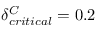
\delta _ { c r i t i c a l } ^ { C } = 0 . 2